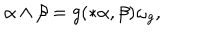
\alpha \wedge \beta = g ( * \alpha , \beta ) \omega _ { g } ,